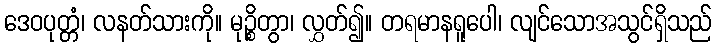
ဒေဝပုတ္တံ၊ လနတ်သားကို။ မုဉ္စိတွာ၊ လွှတ်၍။ တရမာနရူပေါ၊ လျင်သောအသွင်ရှိသည်